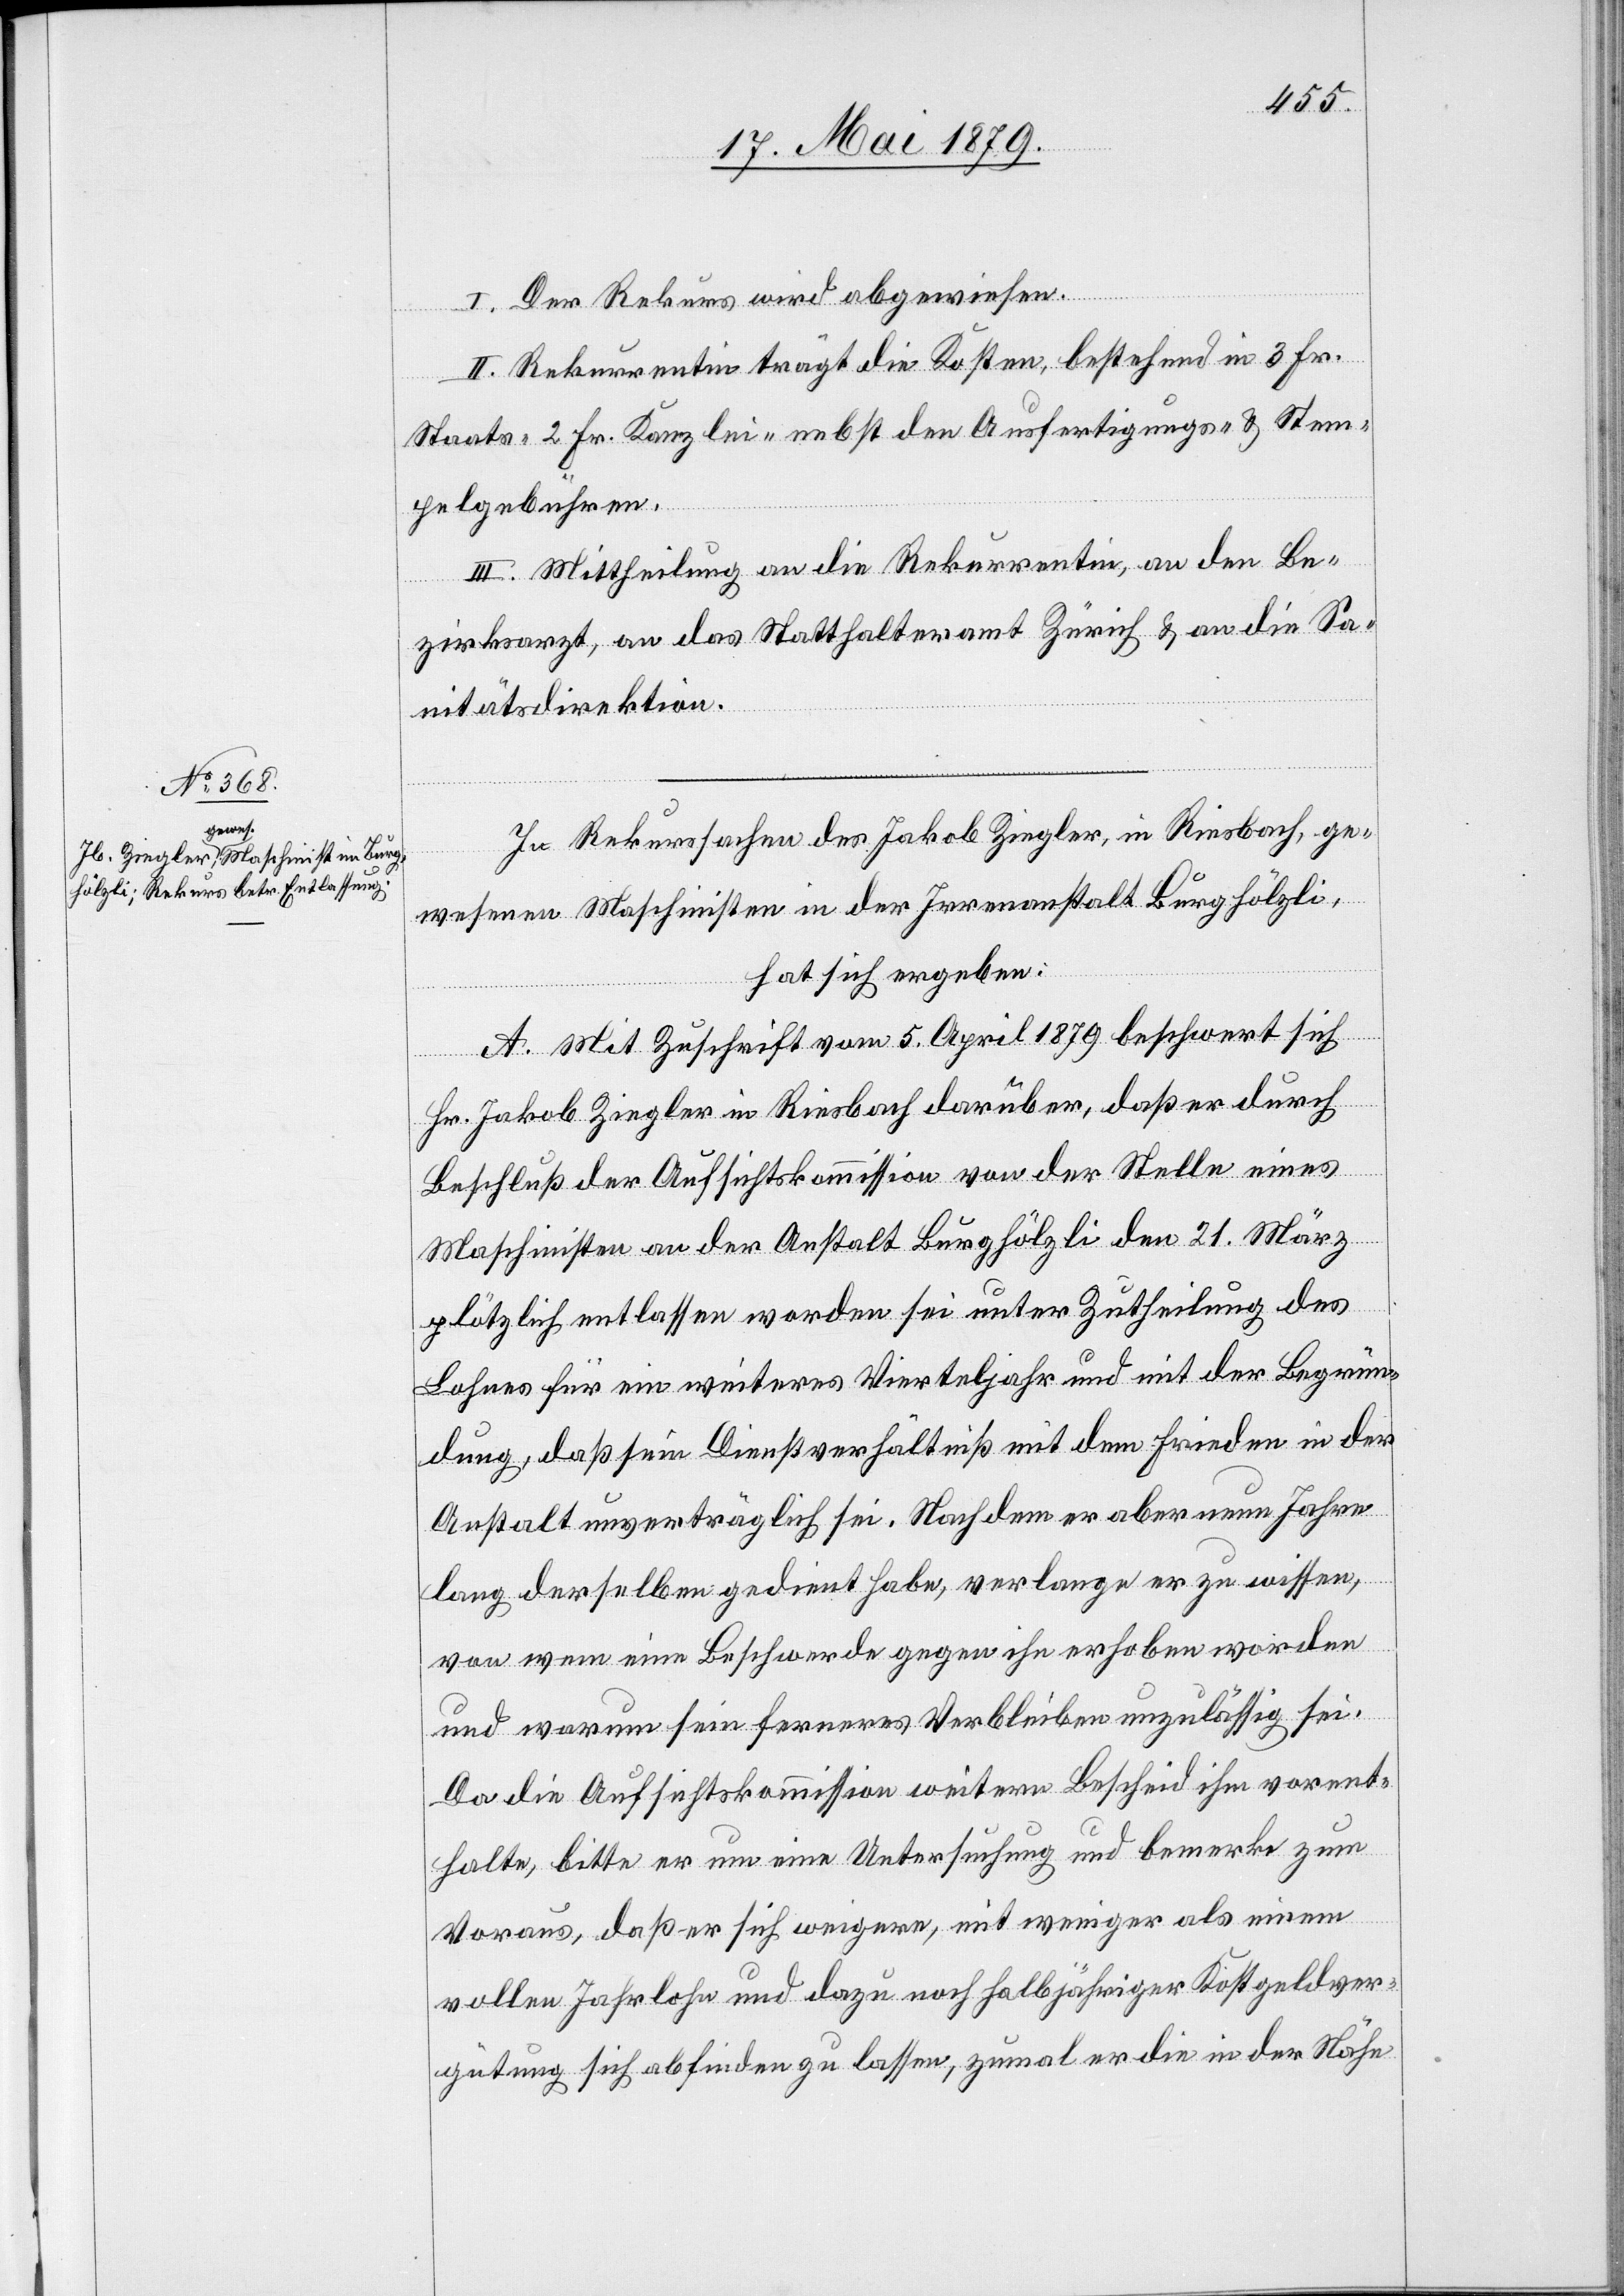
I. Der Rekurs wird abgewiesen.
II. Rekurrentin trägt die Kosten, bestehend in 3 Fr.
Staats- 2 Fr. Kanzlei- nebst den Ausfertigungs- & Stem¬
pelgebühren.
III. Mittheilung an die Rekurrentin, an den Be¬
zirksarzt, an das Statthalteramt Zürich & an die Sa¬
nitätsdirektion.
In Rekurssachen des Jakob Ziegler, in Riesbach, ge¬
wesenen Maschinisten in der Irrenanstalt Burghölzli,
hat sich ergeben:
A. Mit Zuschrift vom 5. April 1879 beschwert sich
Hr. Jakob Ziegler in Riesbach darüber, daß er durch
Beschluß der Aufsichtskommission von der Stelle eines
Maschinisten an der Anstalt Burghölzli den 21. März
plötzlich entlassen worden sei unter Zutheilung des
Lohnes für ein weiteres Vierteljahr und mit der Begrün¬
dung, daß sein Dienstverhältniß mit dem Frieden in der
Anstalt unverträglich sei. Nachdem er aber neun Jahre
lang derselben gedient habe, verlange er zu wissen,
von wem eine Beschwerde gegen ihn erhoben worden
und warum sein ferneres Verbleiben unzulässig sei.
Da die Aufsichtskommission weitern Bescheid ihm vorent¬
halte, bitte er um eine Untersuchung und bemerke zum
Voraus, daß er sich weigere, mit weniger als einem
vollen Jahrlohn und dazu noch halbjähriger Kostgeldver¬
gütung sich abfinden zu lassen, zumal er die in der Nähe